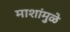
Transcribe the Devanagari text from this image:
माशांमुळे